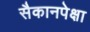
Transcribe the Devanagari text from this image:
सैकानपेक्षा